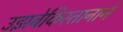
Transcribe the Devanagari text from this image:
उझबेकिस्तानाने